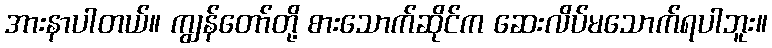
အားနာပါတယ်။ ကျွန်တော်တို့ စားသောက်ဆိုင်က ဆေးလိပ်မသောက်ရပါဘူး။